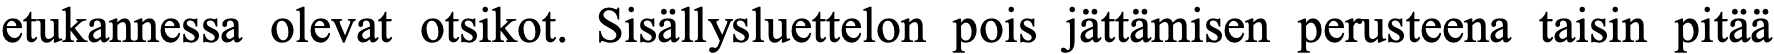
etukannessa olevat otsikot. Sisällysluettelon pois jättämisen perusteena taisin pitää